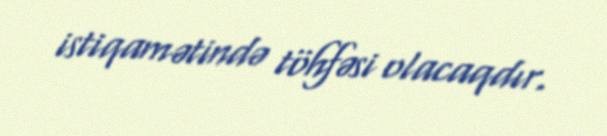
istiqamətində töhfəsi olacaqdır.